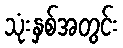
သုံးနှစ်အတွင်း